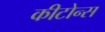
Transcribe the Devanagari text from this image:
कीटोन्स